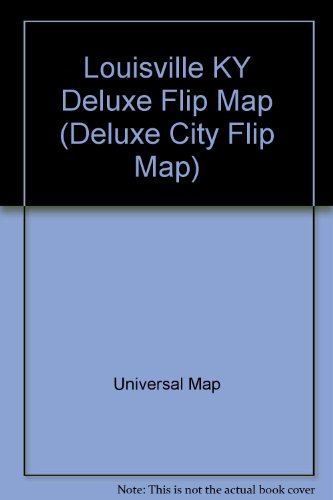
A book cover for Louisville KY Deluxe Flip Map (Deluxe City Flip Map); Universal Map; Travel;